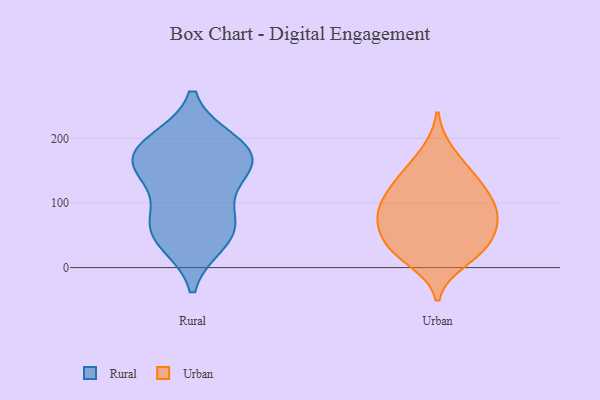
{"axis": {"x": "Shipments", "y": "Value"}, "legend": ["Rural", "Urban"], "data": [{"x": "", "y": 143, "type": "Rural"}, {"x": "", "y": 172, "type": "Rural"}, {"x": "", "y": 51, "type": "Rural"}, {"x": "", "y": 81, "type": "Rural"}, {"x": "", "y": 66, "type": "Rural"}, {"x": "", "y": 193, "type": "Rural"}, {"x": "", "y": 158, "type": "Rural"}, {"x": "", "y": 189, "type": "Rural"}, {"x": "", "y": 162, "type": "Rural"}, {"x": "", "y": 41, "type": "Rural"}, {"x": "", "y": 32, "type": "Urban"}, {"x": "", "y": 75, "type": "Urban"}, {"x": "", "y": 124, "type": "Urban"}, {"x": "", "y": 80, "type": "Urban"}, {"x": "", "y": 54, "type": "Urban"}, {"x": "", "y": 178, "type": "Urban"}, {"x": "", "y": 93, "type": "Urban"}, {"x": "", "y": 139, "type": "Urban"}, {"x": "", "y": 11, "type": "Urban"}, {"x": "", "y": 104, "type": "Urban"}, {"x": "", "y": 26, "type": "Urban"}, {"x": "", "y": 140, "type": "Urban"}, {"x": "", "y": 36, "type": "Urban"}, {"x": "", "y": 80, "type": "Urban"}]}